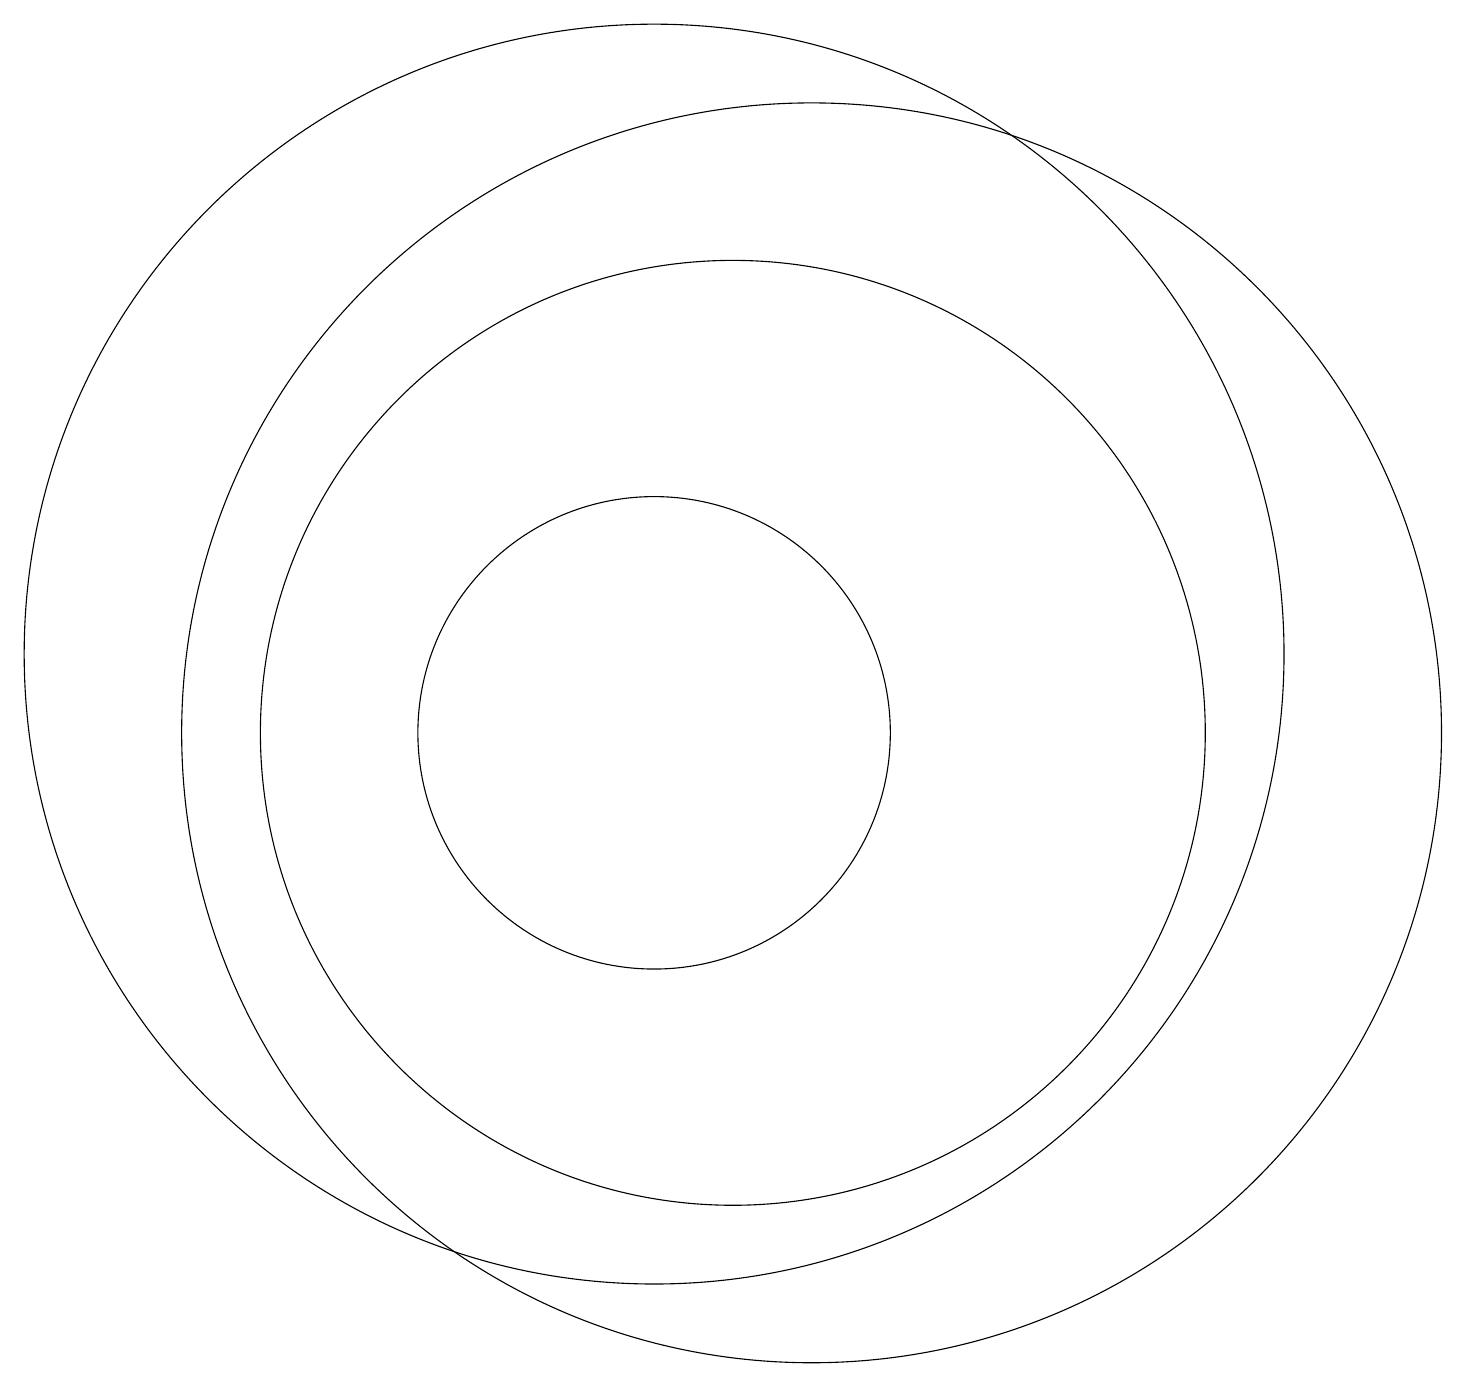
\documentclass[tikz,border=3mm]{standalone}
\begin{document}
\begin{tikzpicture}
\draw (12,10) circle (8);
\draw (11,10) circle (6);
\draw (10,11) circle (8);
\draw (10,10) circle (3);
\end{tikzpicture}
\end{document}